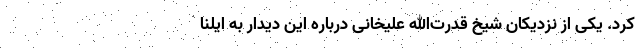
کرد. یکی از نزدیکان شیخ قدرت‌الله علیخانی درباره این دیدار به ایلنا